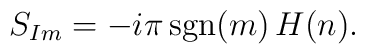
S_{Im}  =  -i\pi\, \mbox{sgn}(m)\, H(n).